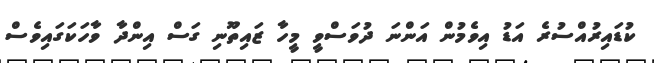
ކުޑައިރުއްސުރެ އަޑު އިވެމުން އަންނަ ދުވަސްވީ މީހާ ޒައިތޫނި ގަސް އިންދާ ވާހަކަގައިވެސް